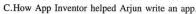
C. How App Inventor help Arjun write an app.